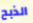
الذبح